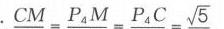
\(CM = P_{4}M = P_{4}C = \sqrt{5}\)